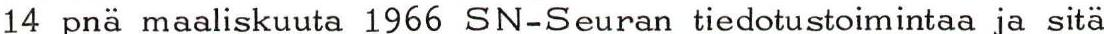
14 pnä maaliskuuta 1966 SN-Seuran tiedotustoimintaa ja sitä